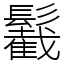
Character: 䰏